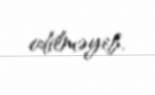
edilməyib.